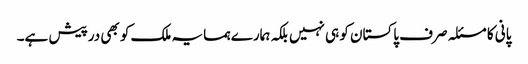
پانی کا مسئلہ صرف پاکستان کو ہی نہیں بلکہ ہمارے ہمسایہ ملک کو بھی درپیش ہے۔